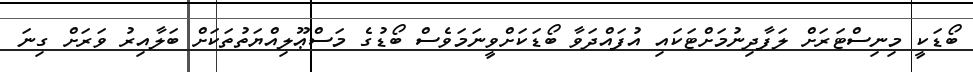
ބޯޑަކީ މިނިސްޓަރަށް ލަފާދިނުމަށްޓަކައި އުފައްދަވާ ބޯޑަކަށްވީނަމަވެސް ބޯޑުގެ މަސްޢޫލިއްޔަތުތަކަށް ބަލާއިރު ވަރަށް ގިނަ